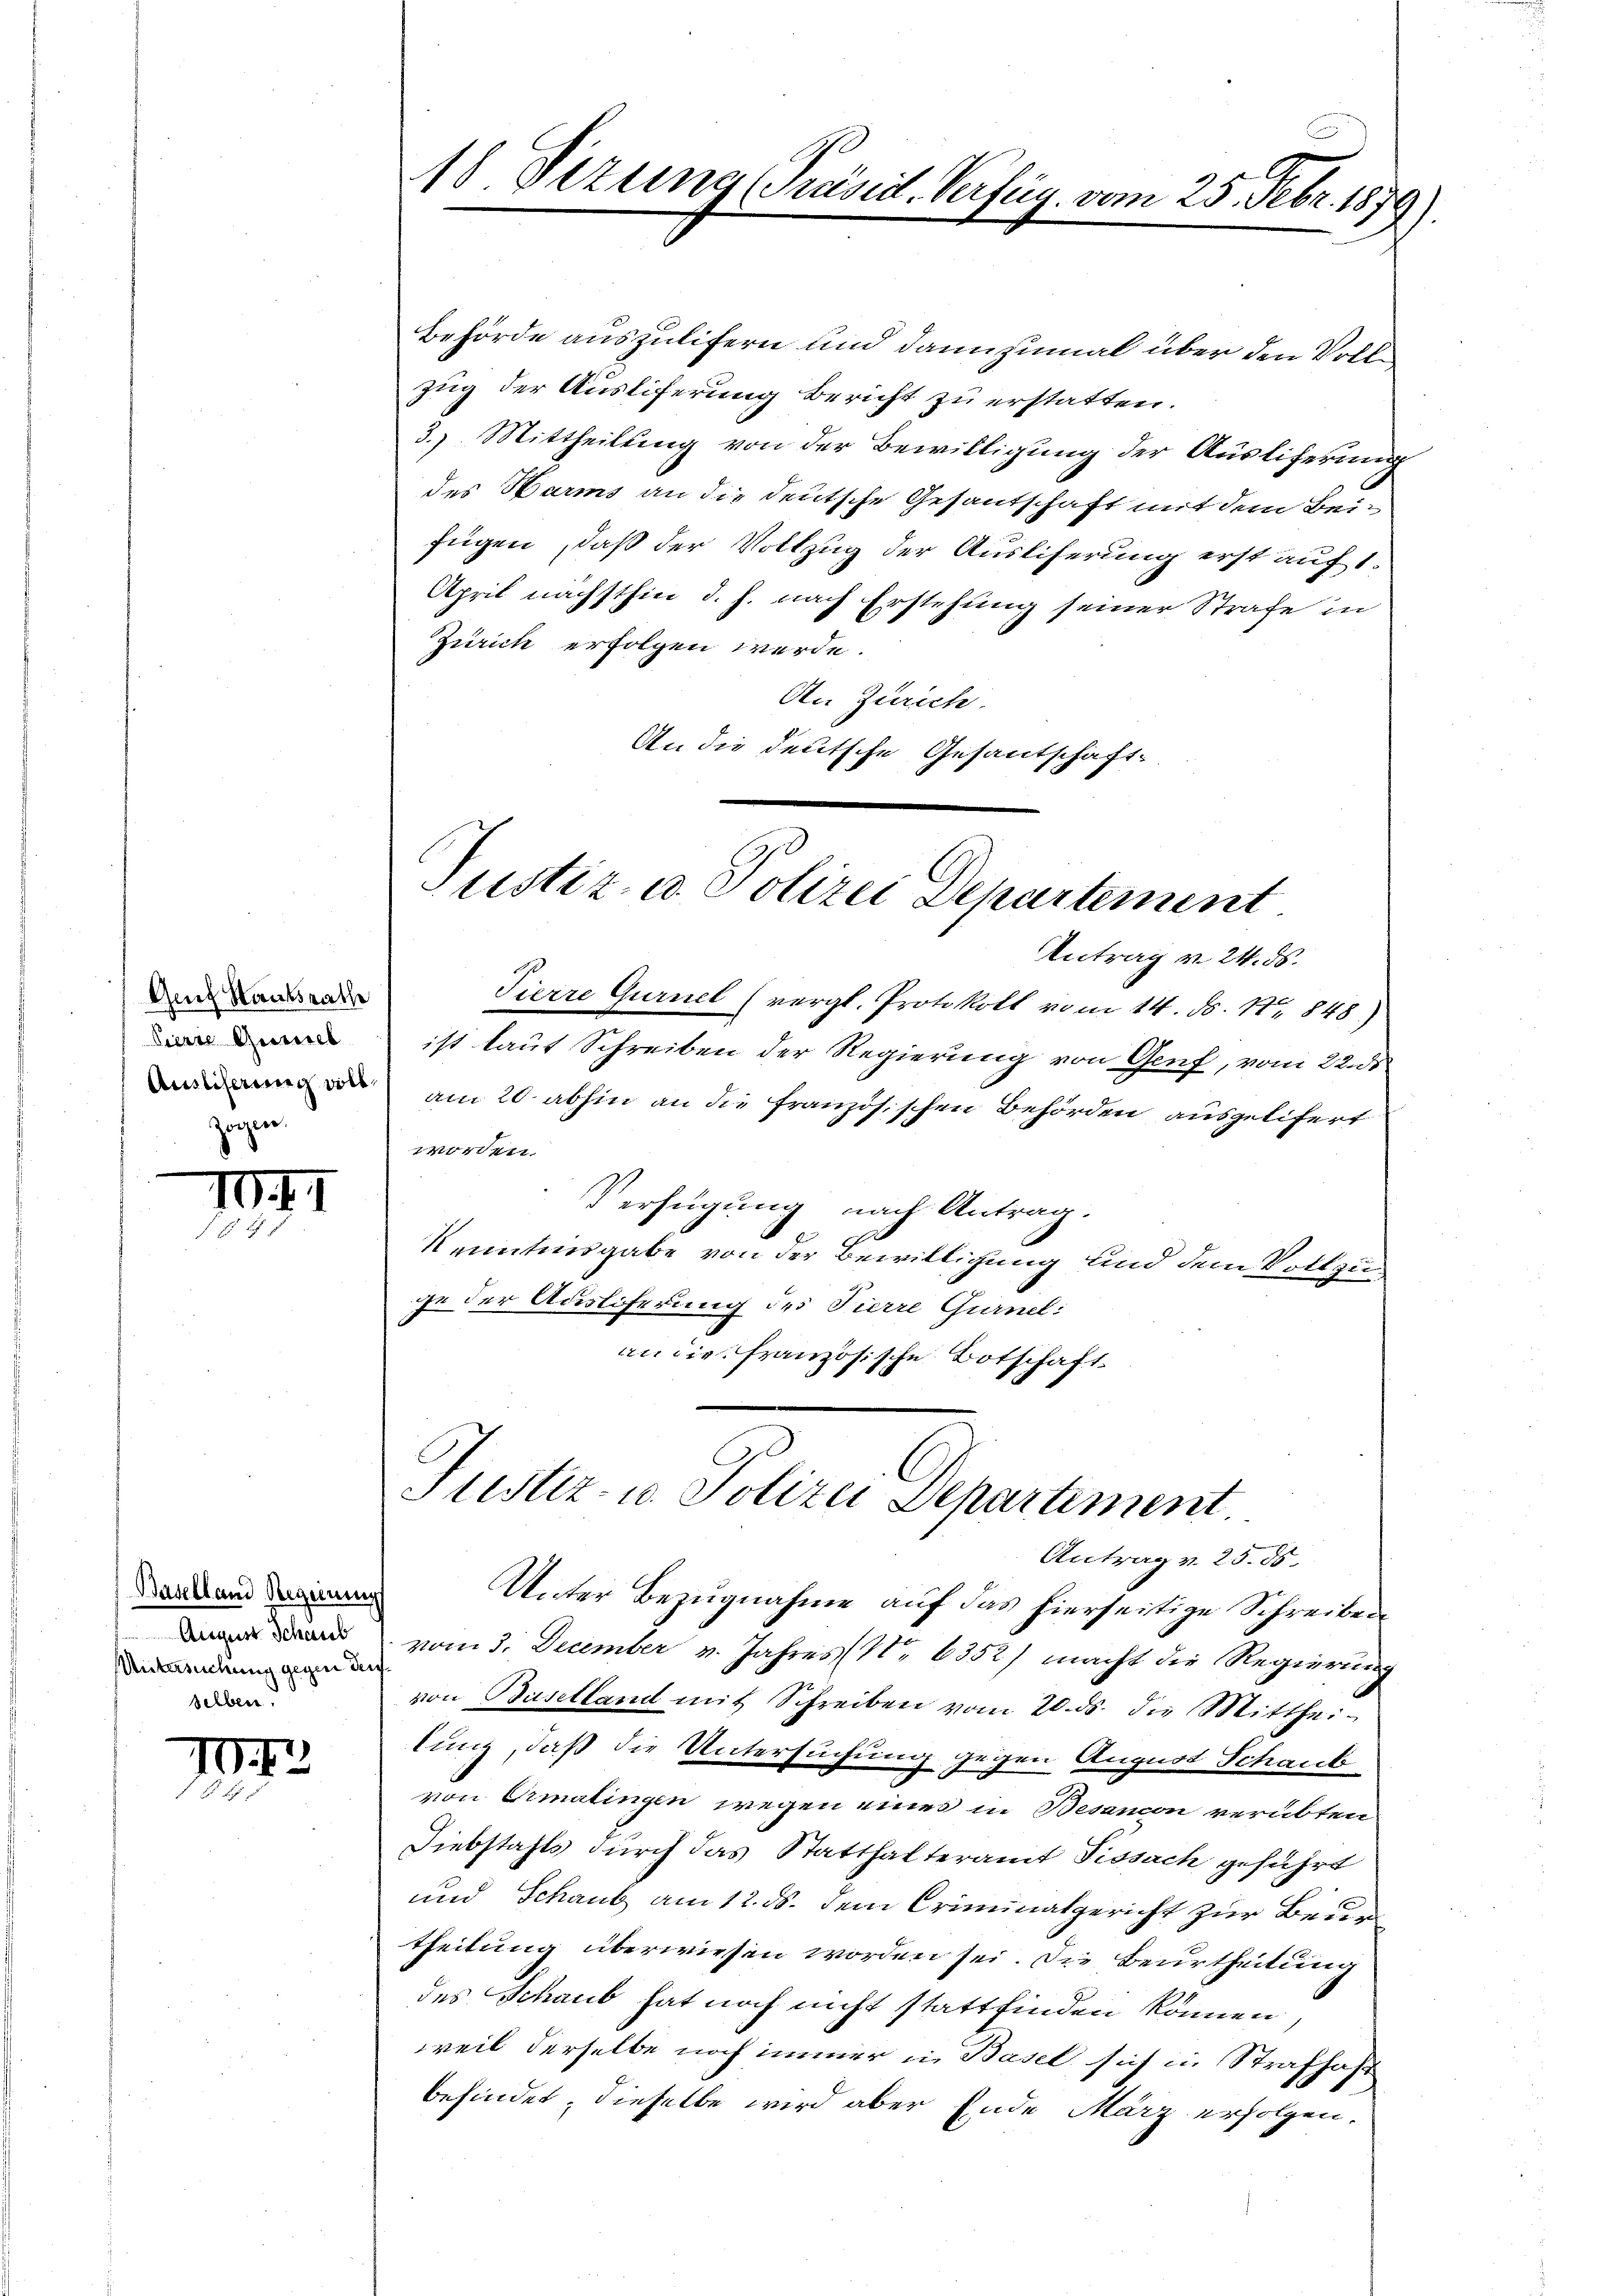
Genf Staatsrathe
Pierre Quell
Auslicherung voll
zogen.

1

Baselland Regierung
Untersuchung gegen der
selben.

1

18 Vizung [Präsid-Verfüg. vom 25. Febr. 1879)

Behörde auszulifern und dannzumal über den Vollzug der Ausliferung bericht zu erstatten.
3.) Mittheilung von der Bewilligung der Auslicherung
des Harms an die deutsche Gesantschaft mit dem Beifügen, daß der Vollzug der Ausliferung erst auf 1.
April nächsthin d. h. nach Erstehung seiner Strafe in
Zürich erfolgen werde.
An Zürich.
An die deutsche Gesantschaft-

Justiz u. Polizei Departement
Antrag v. 24. ds.

Pierre Gurnel (vergl. Protokoll vom 14. ds. Nr. 848)
ist laut Schreiben der Regierung von Genf, vom 22. ds
am 20. abhin an die französischen Behörden ausgelifert
worden.
Verfügung nach Antrag.
Kenntnisgabe von der Bewilligung und dem Vollzuge der Ausliferung des Tierre Gurnel:
an die französische Botschaft

Justiz- u. Polizei Departement.
Antrag v. 25. 85.

Unter Bezugnahme auf das hierseitige Schreiben
 vom 3. December v. Jahres No 6352) macht die Regierung
von Baselland mit Schreiben vom 20. ds. die Mitthei-
lung, daß die Untersuchung gegen August Schaute
von Ormalingen wegen eines in Besancon verübten
Diebstahls durch das Statthalteramt Fissach geführt
und Schaub am 12. ds. dem Criminalgericht zur Beur
theilung überwiesen worden sei. Die Beurtheilung
des Schaub hat noch nicht stattfinden können
weil derselbe noch immer in Basel sich in Strafhaft
befindet, dieselbe wird aber Ende März erfolgen.